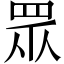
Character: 眾